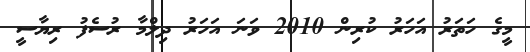
މީގެ ހަތަރު އަހަރު ކުރިން 2010 ވަނަ އަހަރު ދިލްމާ ރުސެފު ރިޔާސީ